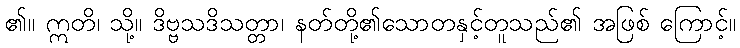
၏။ ဣတိ၊ သို့။ ဒိဗ္ဗသဒိသတ္တာ၊ နတ်တို့၏သောတနှင့်တူသည်၏ အဖြစ် ကြောင့်။